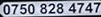
0750 828 4747